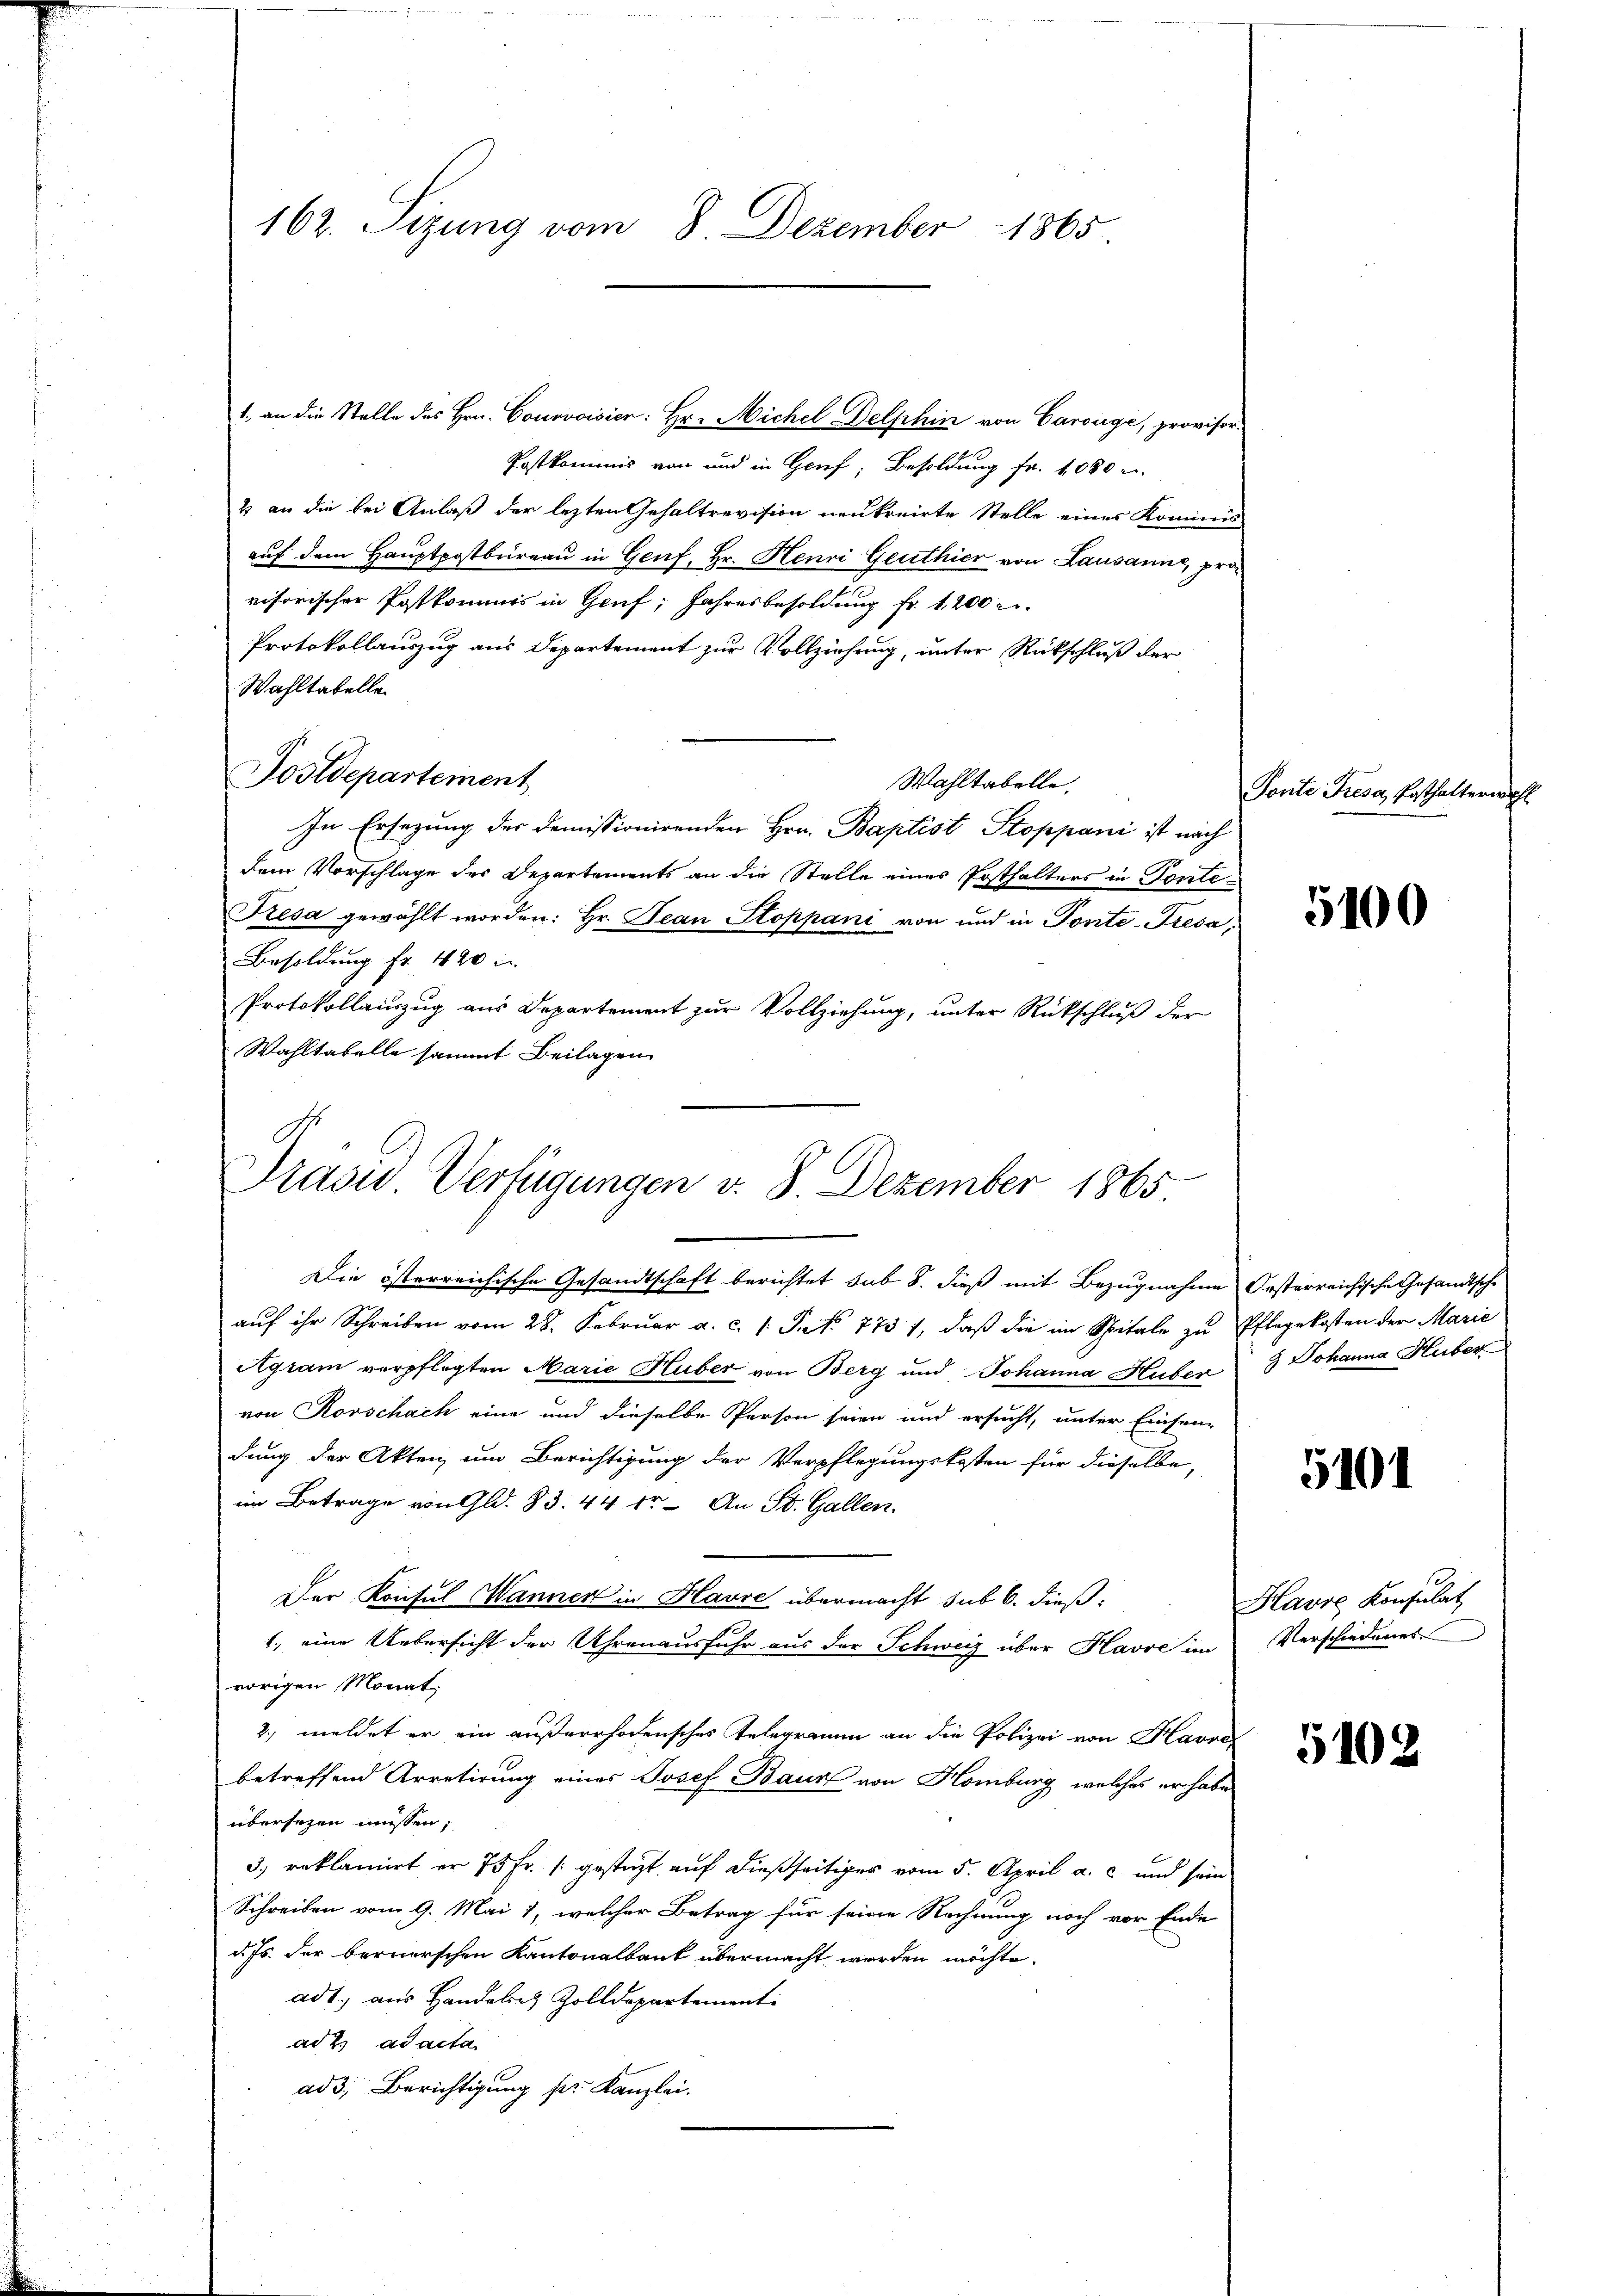
162. Sizung vom 8. Dezember 1865

1. an die Stelle des Hrn. Courvoisier: Hr. Michel Delphin von Carouge, provisor
Postkommis von und in Genf, Besoldung fr. 1080 r
2 an die bei Anlaß der lezten Gehaltrevision neukreirte Stelle eines Komis
auf dem Hauptpostbureau in Genf, Hr. Henri Genthier von Lausanne, provisorischer Postkommis in Genf, Jahresbesoldung fr. 1200 r
Protokollauszug aus Departement zur Vollziehung, unter Rückschluß der
Wahltabelle
Postdepartement
Wahltabelle,
In Ersezung des domissionirenden Hrn. Baptist Stoppani ist nach
dem Vorschlage des Departements an die Stelle eines Posthalters in Ponte¬
Fresa gewählt worden: Hr. Jean Stoppani von und in Ponte-Fresa,
Besoldung fr. 420 i
Protokollauszug aus Departement zur Vollziehung, unter Rückschluß der
Wahltabelle sammt Beilagen

Präsid.. Verfügungen v. 8. Dezember 1865

Die österreichische Gesandtschaft berichtet sub 8. dieß mit Bezugnahme Oesterreichische Gesandtsche
auf ihr Schreiben vom 28. Februar a. c. 1. Pet 773 1, daß die im Spitale zu Pflegekosten der Marie
Agram verpflegten Marie Huber von Berg und Johanna Huber 3 Johanna Huber
von Rorschach eine und dieselbe Person seien und ersucht, unter Einsen-
dung der Akten, um Berichtigung der Verpflegungskosten für dieselbe,
im Betrage von Gld. 83. 44 fr. An St. Gallen.
Der Konsul Manner in Havre übermacht sub 6. dieß¬
1., eine Uebersicht der Uhrenausfuhr aus der Schweiz über Havve im
vorigen Monat,
2., meldet er ein außerrhodensches Telegramm an die Polizei von Havre
betreffend Arretirung eines Josef Bauz von Homburg, welches er habe
übersezen müssen,
3) reklamirt er 75 Fr. (gesteht auf dießseitiger vom 5. April a. c. und sein
Schreiben vom 9. Mai 1, welcher Betrag für seine Rechnung noch vor Ende
d. Js. der bernerschen Kantonalbank übermacht werden möchte.
ad1. aus Handales Zolldepartement
ad 2. ad acta
ad3; Berichtigung pr. Kanzlei.

Ponte Fresa, Posthalterwahl

5100

5101

Havre Konsulat
Verschiedenes

5102